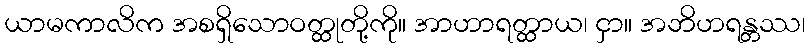
ယာမကာလိက အစရှိသောဝတ္ထုတို့ကို။ အာဟာရတ္ထာယ၊ ငှာ။ အဘိဟရန္တဿ၊